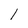
Character: 1